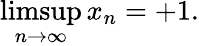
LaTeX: \operatorname*{limsup}_{n\to\infty}x_{n}=+1.